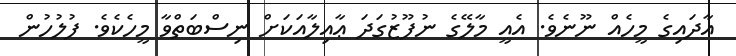
އާދައިގެ މީހެއް ނޫނެވެ. އެއީ މާލޭގެ ނުފޫޒުގަދަ ޢާއިލާއަކަށް ނިސްބަތްވާ މީހެކެވެ. ފުލުހުން